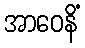
အာဝေနိံ